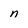
Character: n